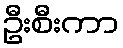
ဦးစီးကာ